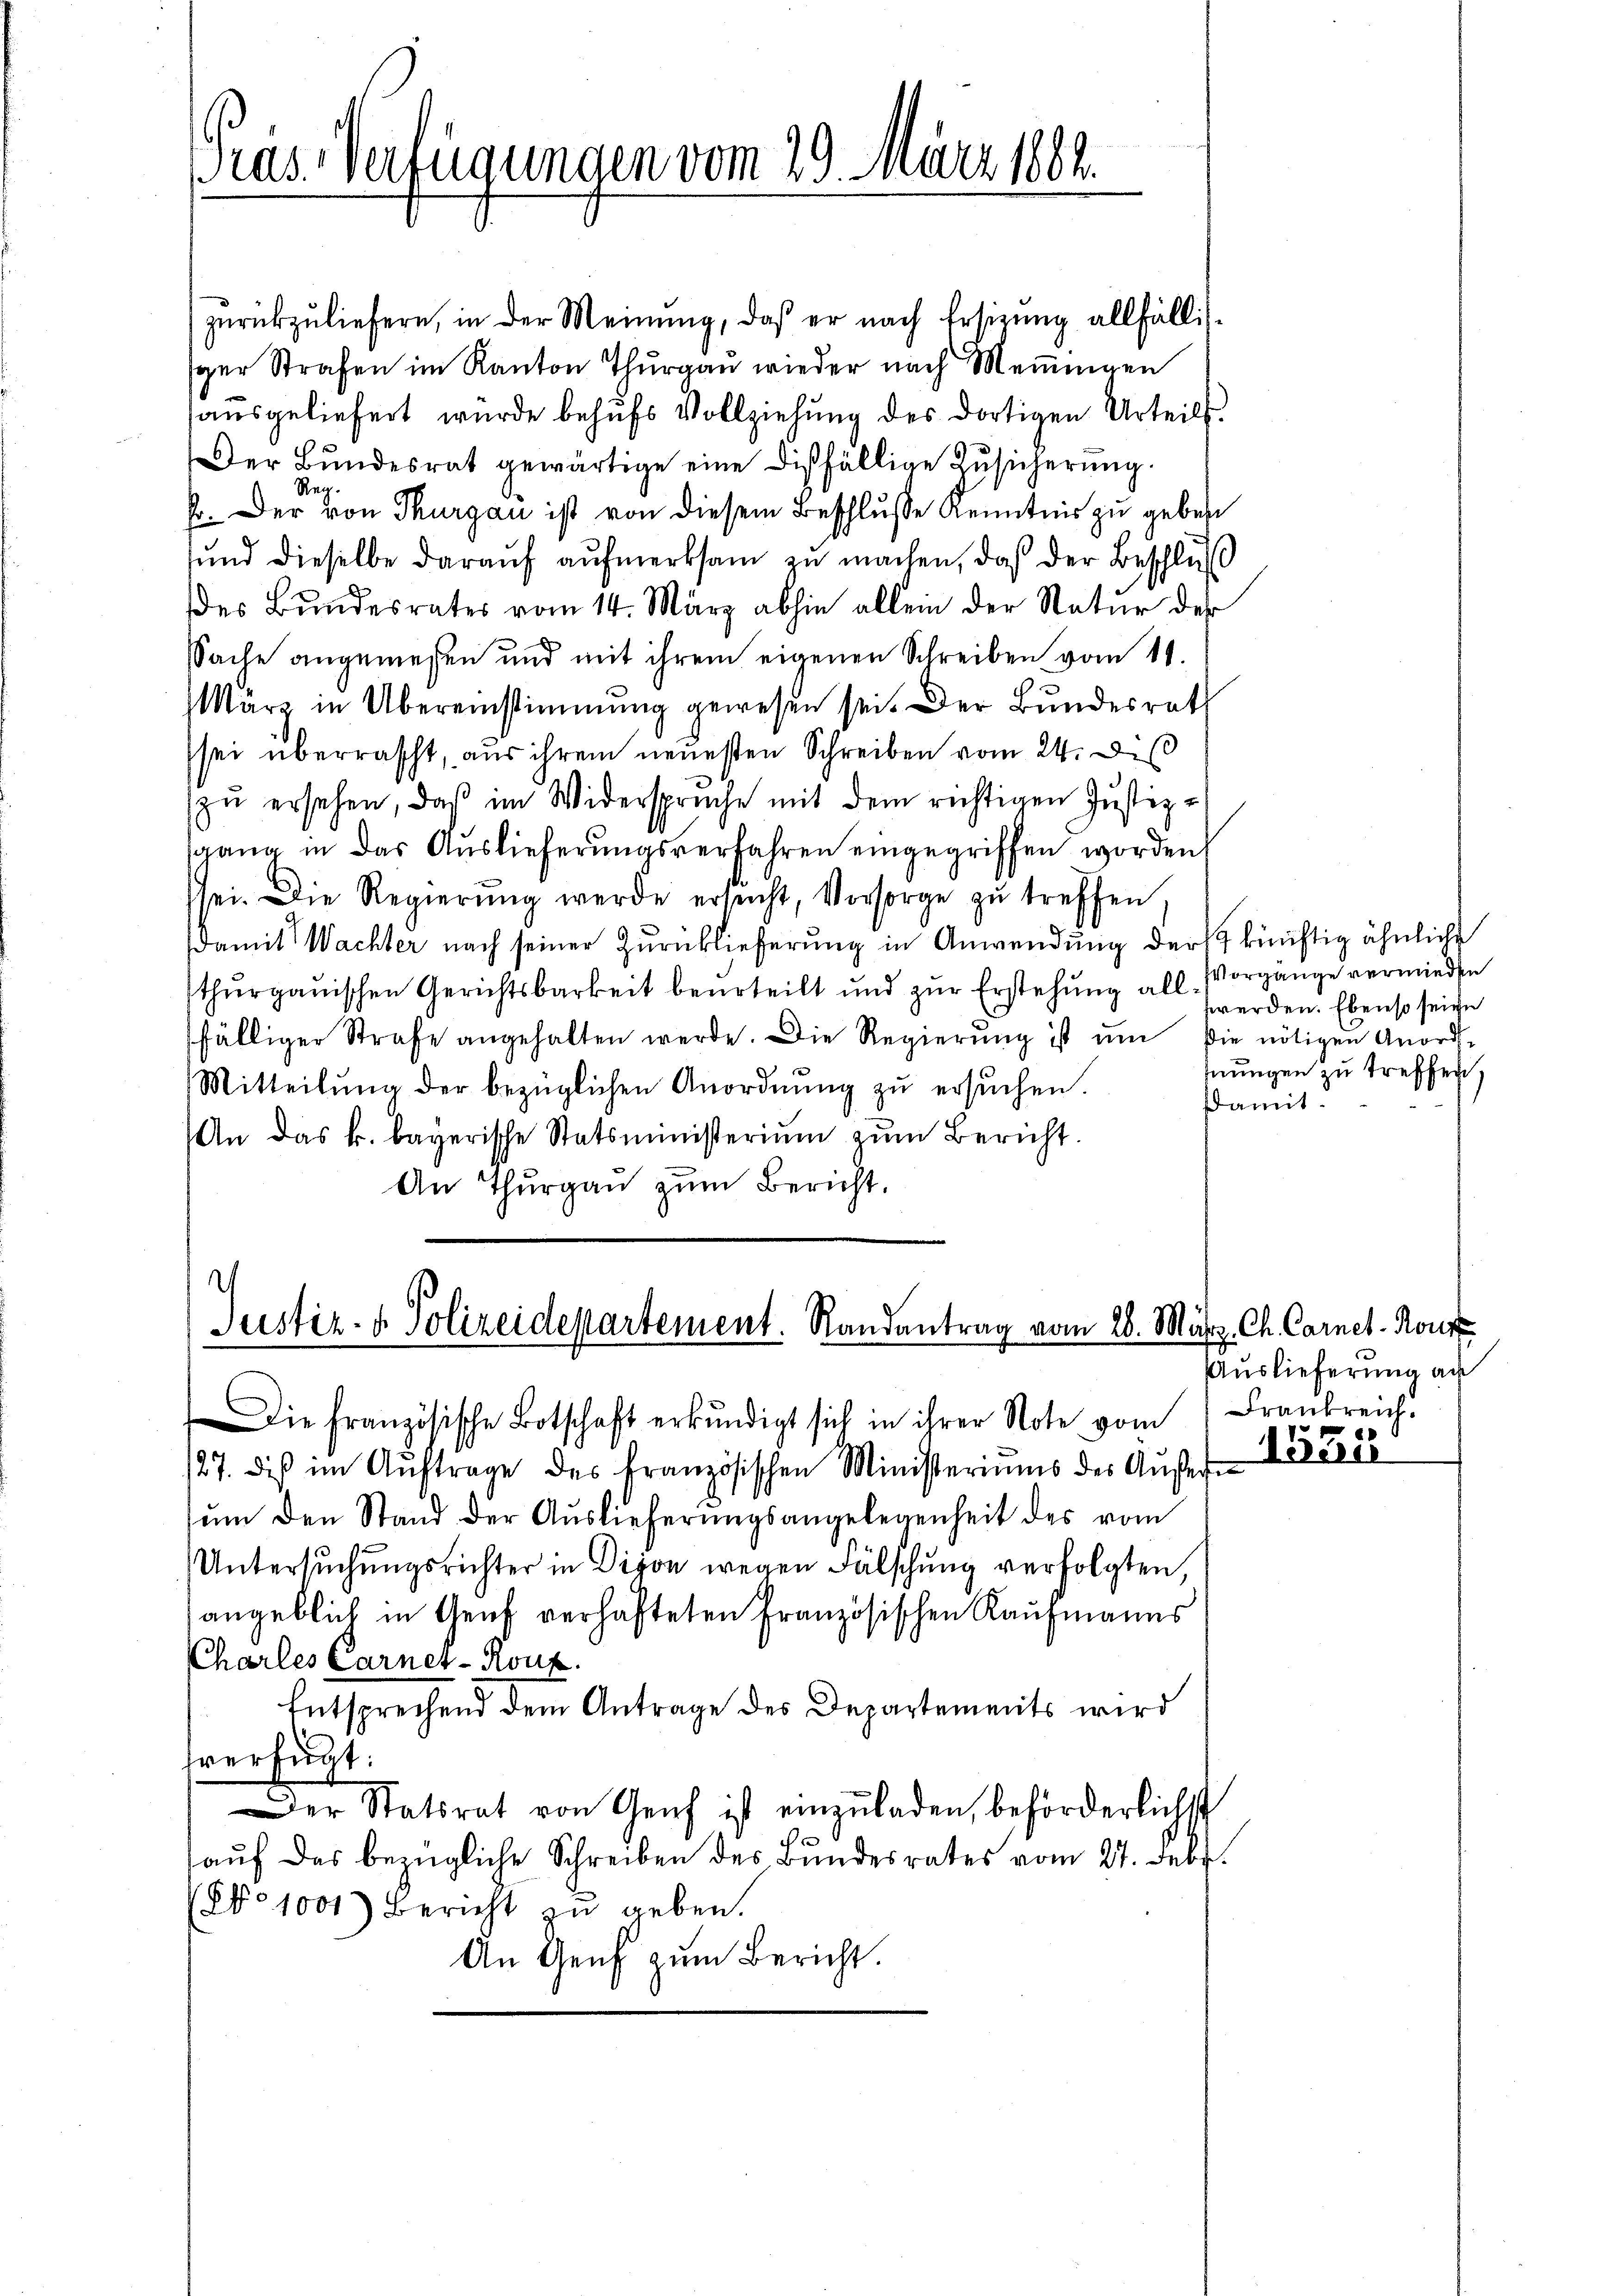
Pras. Verfügungen vom 29. März 1882.

zurückzuliefern, in der Meinung, daß er nach Ersizung allfälliger Strafen im Kanton Thurgau wieder nach Meningen
ausgeliefert wurde behufs Vollziehung des dortigen Urteils.
Der Bŭndesrat gewärtige eine disfällige Zŭsicherŭng.
Re
F. Der von Thurgau ist von diesem Beschlusse Kenntnis zu geben
sŭnd dieselbe daraŭf aŭfmerksam zu machen, daß der Beschluß
des Bŭndesrates vom 14. März abhin allein der Natur der
Sache angemessen und mit ihrem eigenen Schreiben vom 11.
März in Übereinstimmung gewesen sei. Der Bundesrath
sei überrascht, aus ihrem neuesten Schreiben vom 24. De
zŭ ersehen, daβ im Widersprüche mit dem richtigen Justiz-
sgang in das Auslieferungsverfahren eingegriffen worden,
sei. Die Regierŭng werde ersŭcht, Vorsorge zŭ treffen,
damit Wachter nach seiner Zurücklieferung in Anwendung der künftig ähnliche
thurgauischen Gerichtsbarkeit beurteilt und zur Erstehung all. Vorgänge vermieden
fälliger Strafe angehalten werde. Die Regierŭng ist um die nötigen Anord-
Mitteilŭng der bezüglichen Anordnŭng zŭ ersŭchen.
An das k. bayerische Statsministerium zum Bericht.
An Thŭrgaŭ zŭm Bericht.

Justiz- & Polizeidepartement. Randantrag vom 26. März. Ch. Carnet. Konz

127. die im Aŭftrage des französischen Ministeriums des Aŭsern
sŭm den Stand der Auslieferŭngsangelegenheit des vom
Untersuchungsrichter in Dison wegen Fälschung verfolgten,
angeblich in Genf verhafteten Französischen Kaufmanns
Charles Carnet-Roux.
Entsprechend dem Antrage des Departements wird
fverfügt:
Der Statsrat von Genf ist einzŭladen, beförderlichst
r
auf des bezügliche Schreiben des Bundesrates vom 24. Febr.
(No 1001) Bericht zu geben.
An Genf zum Bericht.

Die französische Botschaft erkŭndigt sich in ihrer Note vom 1 Frankreich.

werden. Ebenso seine
fnungen zu treffen,
damit.

Auslieferung au

1551